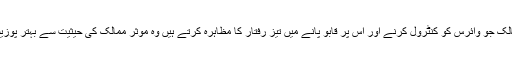
حسینی نے کہا کہ وہ ممالک جو وائرس کو کنٹرول کرنے اور اس پر قابو پانے میں تیز رفتار کا مظاہرہ کرتے ہیں وہ موثر ممالک کی حیثیت سے بہتر پوزیشن حاصل کرسکتے ہیں۔